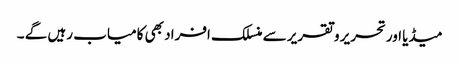
میڈیا اورتحریر و تقریر سے منسلک افراد بھی کامیاب رہیں گے ۔